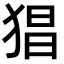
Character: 猖